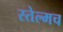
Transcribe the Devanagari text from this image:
स्तेल्मच